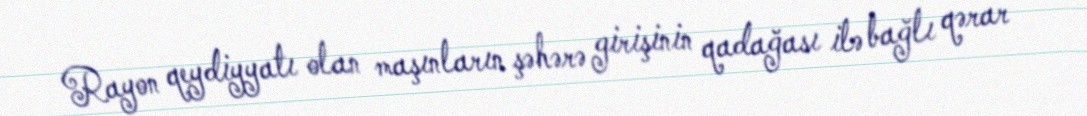
Rayon qeydiyyatı olan maşınların şəhərə girişinin qadağası ilə bağlı qərar